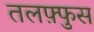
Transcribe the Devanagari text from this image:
तलफ़्फुस